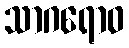
သာဂရောဝ